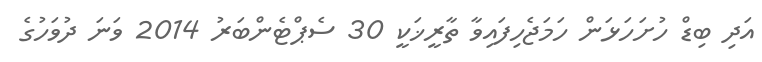
އަދި ބިޑް ހުށަހަޅަން ހަމަޖެހިފައިވާ ތާރީޚަކީ 30 ސެޕްޓެންބަރު 2014 ވަނަ ދުވަހުގެ